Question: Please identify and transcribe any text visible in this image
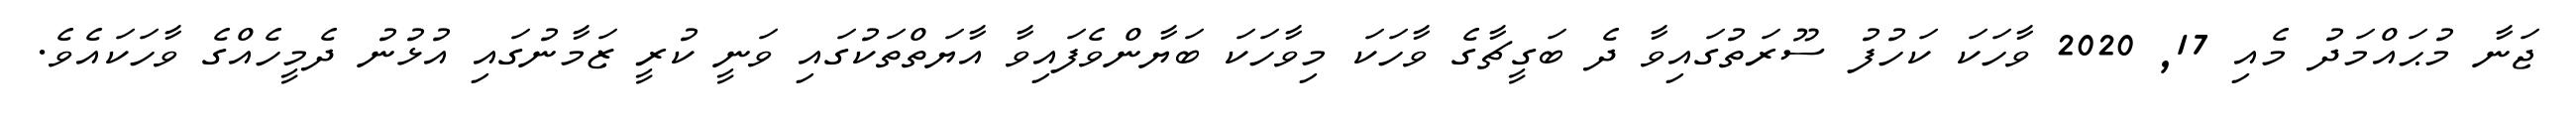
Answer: ޖަނާ މުޙައްމަދު މެއި 17, 2020 ވާހަކަ ކަހުފު ސޫރަތުގައިވާ ދެ ބަގީޗާގެ ވާހަކަ މިވާހަކަ ބަޔާންވެފައިވާ އާޔަތްތަކުގައި ވަނީ ކުރީ ޒަމާނުގައި އުޅުނު ދެމީހެއްގެ ވާހަކައެވެ.